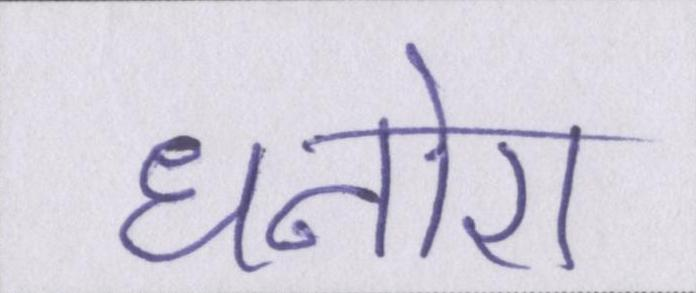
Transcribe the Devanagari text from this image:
धनोरा